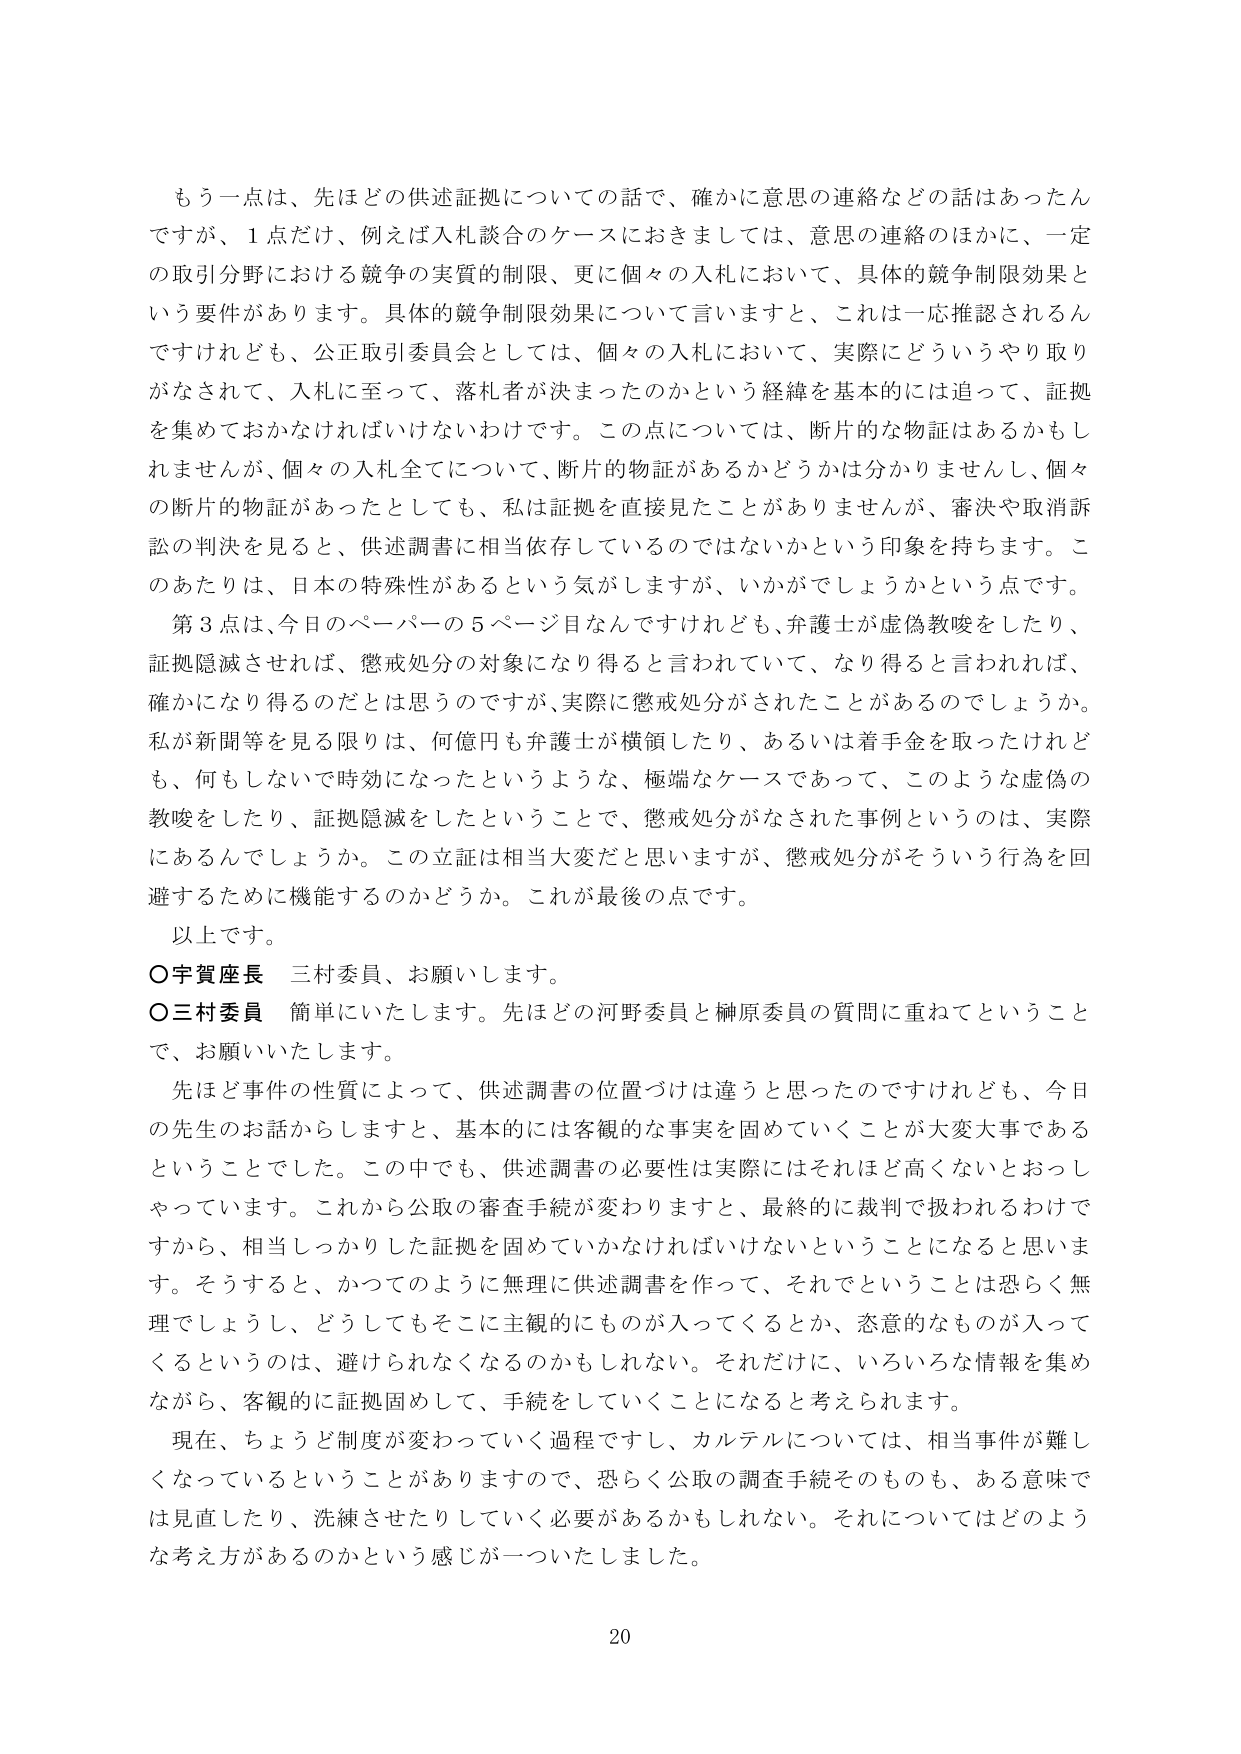
もう一点は、先ほどの供述証拠についての話で、確かに意思の連絡などの話はあったんですが、1点だけ、例えば入札談合のケースにおきましては、意思の連絡のほかに、一定の取引分野における競争の実質的制限、更に個々の入札において、具体的競争制限効果という要件があります。具体的競争制限効果について言いますと、これは一応推認されるんですけれども、公正取引委員会としては、個々の入札において、実際にどういうやり取りがなされて、入札に至って、落札者が決まったのかという経緯を基本的には追って、証拠を集めておかなければならないわけです。この点については、断片的な物証はあるかもしれませんが、個々の入札全てについて、断片的物証があるかどうかは分かりませんし、個々の断片的物証があったとしても、私は証拠を直接見たことがありませんが、審決や取消訴訟の判決を見ると、供述調書に相当依存しているのではないかという印象を持ちます。このあたりは、日本の特殊性があるという気がしますが、いかがでしょうかという点です。

第3点は、今日のペーパーの5ページ目なんですけれども、弁護士が虚偽教唆をしたり、証拠隠滅させれば、懲戒処分の対象になり得ると言われていて、なり得ると言われれば、確かになり得るのだとは思うのですが、実際に懲戒処分がされたことがあるのでしょうか。私が新聞等を見る限りは、何億円も弁護士が横領したり、あるいは着手金を取ったけれども、何もしないで時効になったというような、極端なケースであって、このような虚偽の教唆をしたり、証拠隠滅をしたということで、懲戒処分がなされた事例というのは、実際にあるんでしょうか。この立証は相当大変だと思いますが、懲戒処分がそういう行為を回避するために機能するのかどうか。これが最後の点です。

以上です。

○宇賀座長　三村委員、お願いします。

○三村委員　簡単にいたします。先ほどの河野委員と榊原委員の質問に重ねてということで、お願いいたします。

先ほど事件の性質によって、供述調書の位置づけは違うと思ったのですけれども、今日の先生のお話からしますと、基本的には客観的な事実を固めていくことが大変大事であるということでした。この中でも、供述調書の必要性は実際にはそれほど高くないとうっしゃっています。これから公取の審査手続が変わりますと、最終的に裁判で扱われるわけですから、相当しっかりした証拠を固めていかなければならないということになると思います。そうすると、かつてのように無理に供述調書を作って、それでということは恐らく無理でしょうし、どうしてもそこに主観的にものが入ってくるとか、恣意的なものが入ってくるというのは、避けられなくなるのかもしれない。それだけに、いろいろな情報を集めながら、客観的に証拠固めして、手続をしていくことになると考えられます。

現在、ちょうど制度が変わっていく過程ですし、カルテルについては、相当事件が難しくなっているということがありますので、恐らく公取の調査手続そのものも、ある意味では見直したり、洗練させたりしていく必要があるかもしれない。それについてはどのような考え方があるのかという感じが一ついたしました。

20